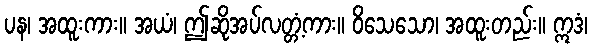
ပန၊ အထူးကား။ အယံ၊ ဤဆိုအပ်လတ္တံ့ကား။ ဝိသေသော၊ အထူးတည်း။ ဣဒံ၊